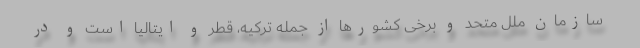
سازمان ملل متحد و برخی کشورها از جمله ترکیه، قطر و ایتالیا است و در